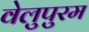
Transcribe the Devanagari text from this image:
वेलुपुरम